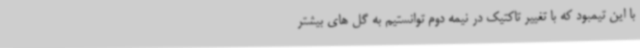
با این تیمبود که با تغییر تاکتیک در نیمه دوم توانستیم به گل های بیشتر